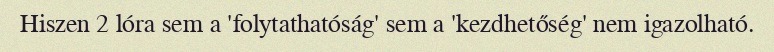
Hiszen 2 lóra sem a 'folytathatóság' sem a 'kezdhetőség' nem igazolható.